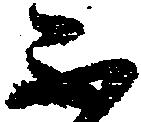
不